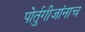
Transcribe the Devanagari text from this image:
पोर्तुगीजांनाच